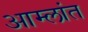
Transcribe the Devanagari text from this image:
आम्लांत